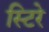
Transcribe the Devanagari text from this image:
स्टिरे